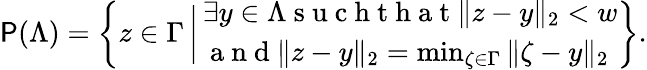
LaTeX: \P(\Lambda)=\left\{ z\in\Gamma\, \bigg|\, \begin{array}{l}{\exists y\in\Lambda\mathrm{~s~u~c~h~t~h~a~t~}\| z-y\| _{2}<w}\\ {\mathrm{~a~n~d~}\| z-y\| _{2}=\operatorname*{min}_{\zeta\in\Gamma}\| \zeta-y\| _{2}}\end{array}\right\} .